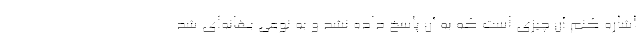
اشاره کنم آن چیزی است که به آن پاسخ داده نشد و به نوعی بهانه‌ای شد